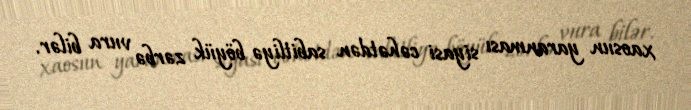
xaosun yaranması siyasi cəhətdən sabitliyə böyük zərbə vura bilər.